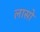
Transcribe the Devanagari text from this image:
लासो